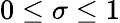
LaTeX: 0\leq\sigma\leq 1